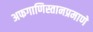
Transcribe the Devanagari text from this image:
अफगाणिस्तानप्रमाणे